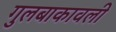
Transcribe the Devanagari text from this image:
गुलबाकावली